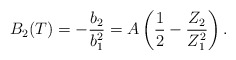
\begin{align*}B_2(T) = -\frac{b_2}{b_1^2}= A\left(\frac{1}{2}-\frac{Z_2}{Z_1^2}\right). \end{align*}